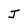
Character: J